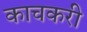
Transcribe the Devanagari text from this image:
काचकरी